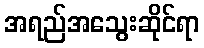
အရည်အသွေးဆိုင်ရာ